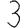
Digit: 3